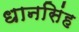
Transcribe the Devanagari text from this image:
धानसिंह